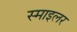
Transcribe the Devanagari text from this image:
स्माइलर